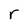
Character: r